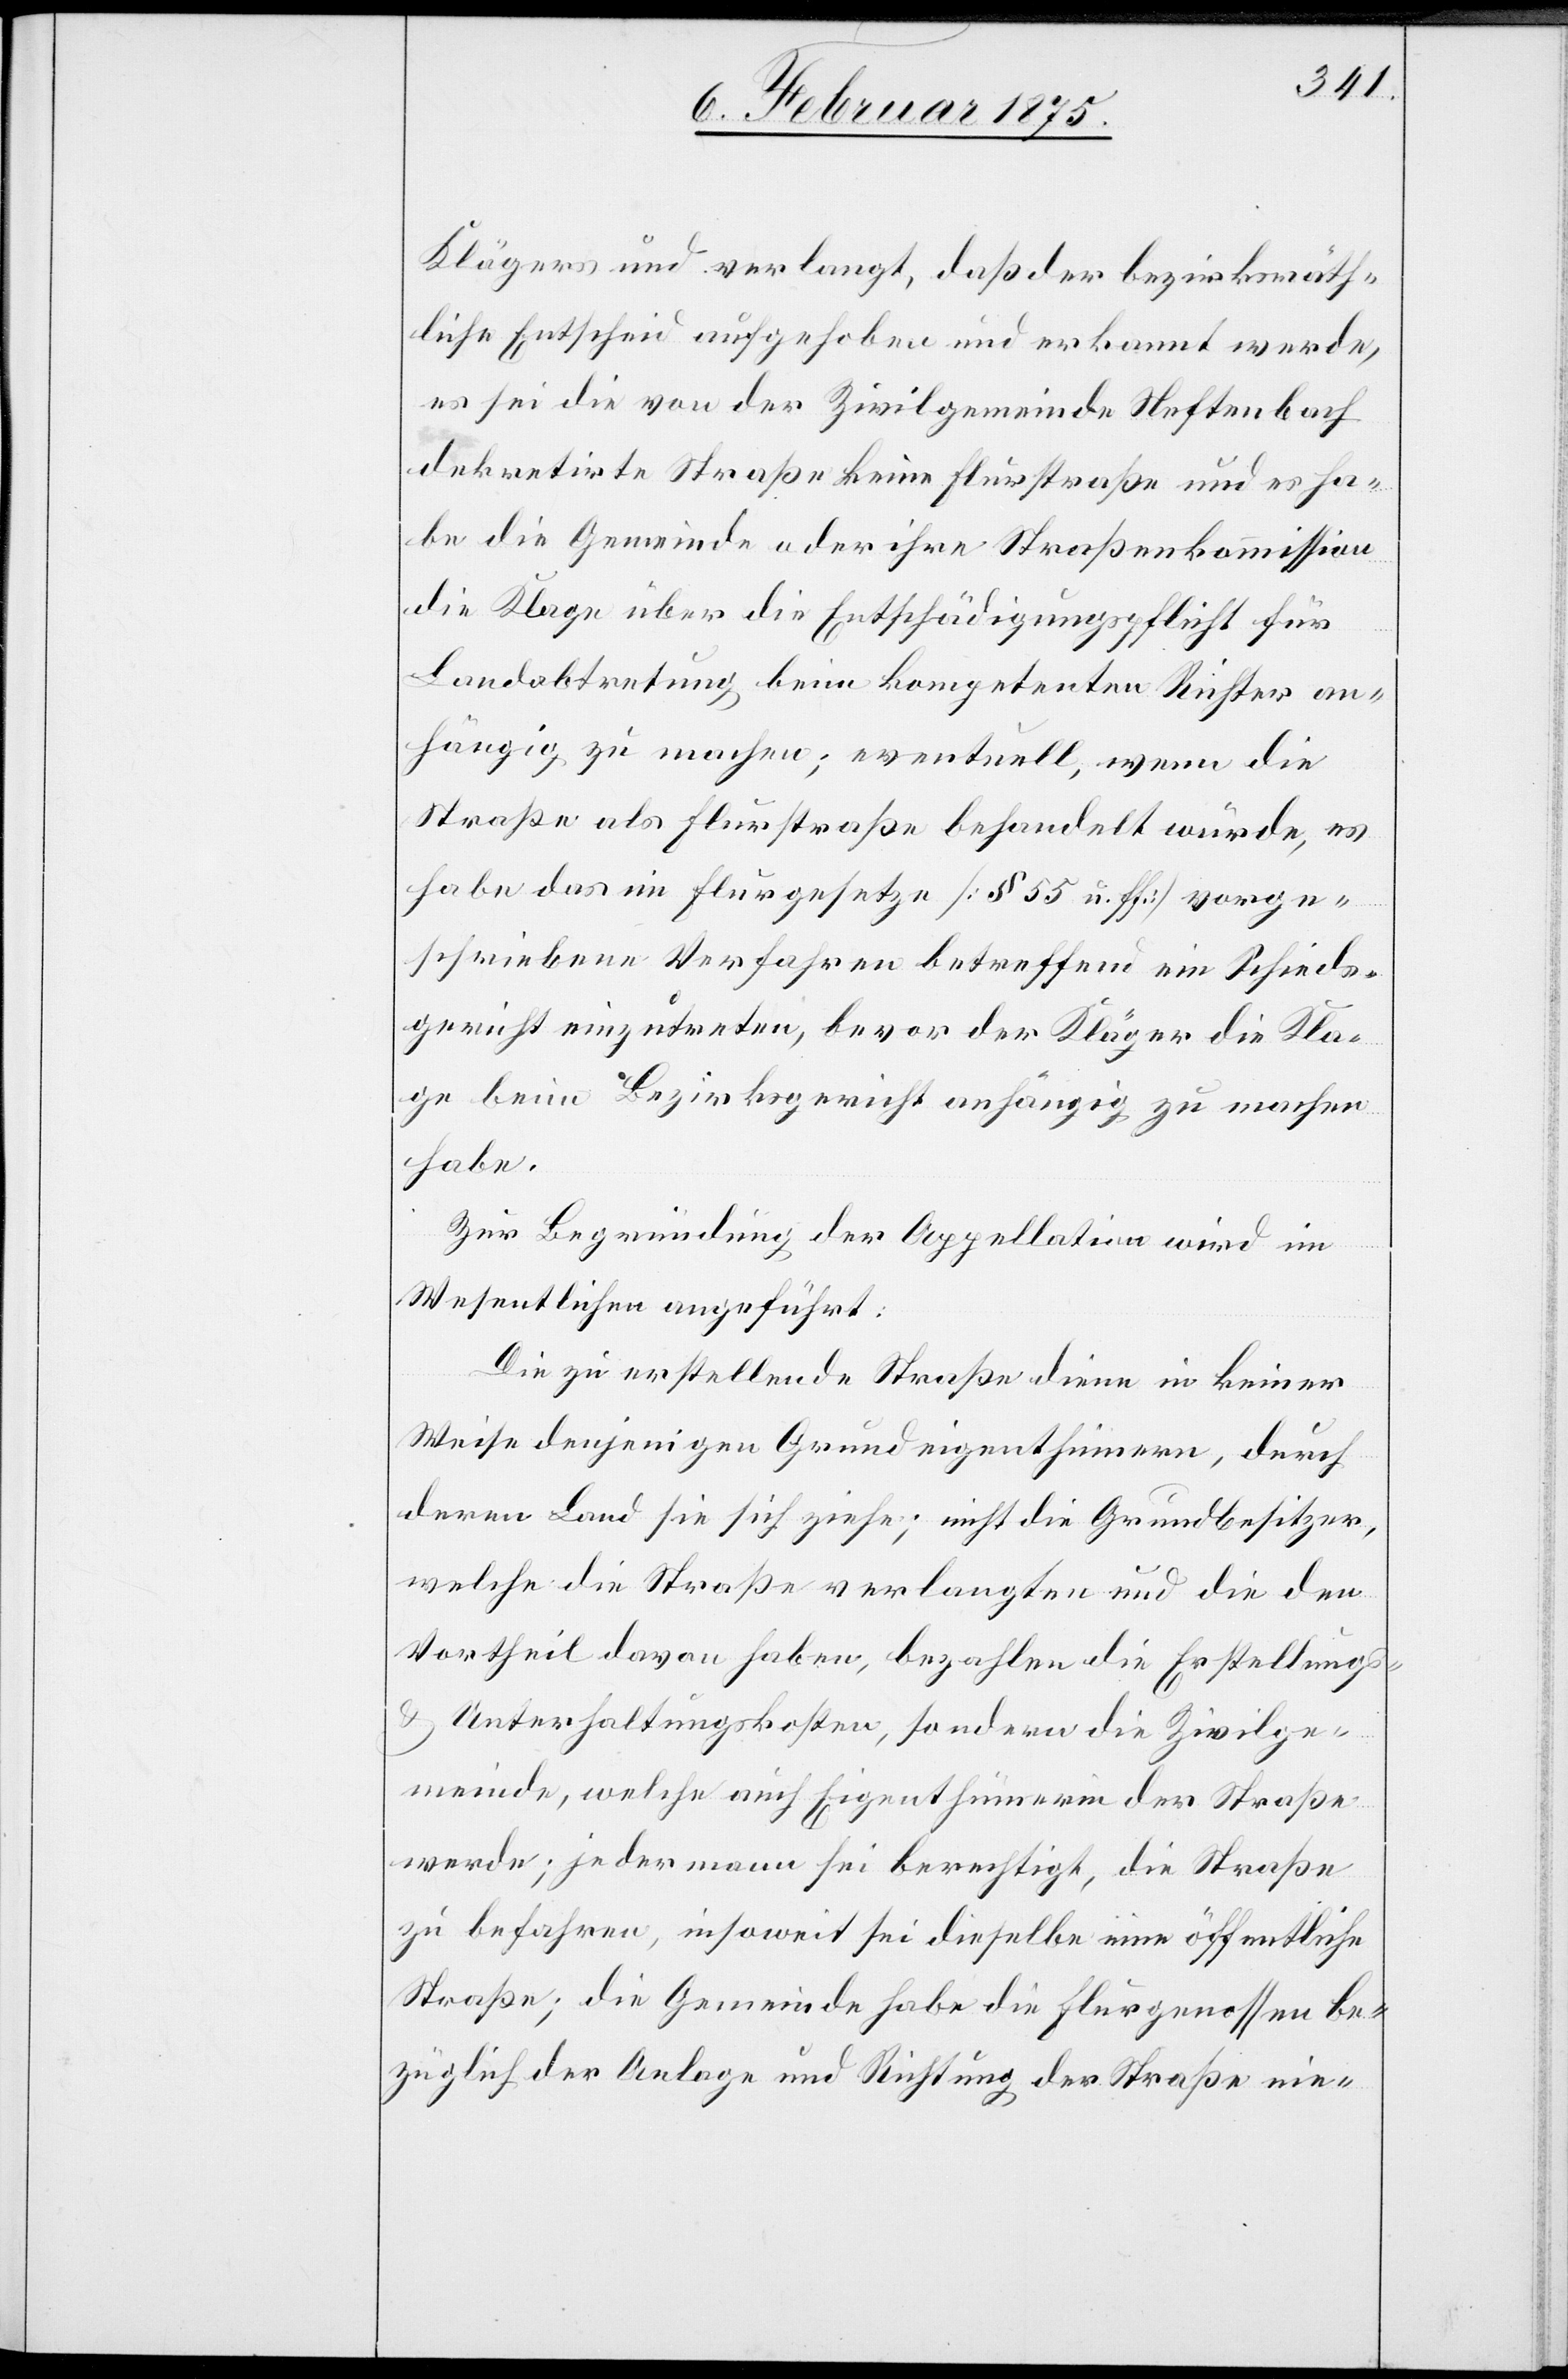
Klägers und verlangt, daß der bezirksräth¬
liche Entscheid aufgehoben und erkannt werde,
es sei die von der Zivilgemeinde Neftenbach
dekretirte Straße keine Flurstraß und es ha¬
be die Gemeinde oder ihre Straßenkommission
die Klage über die Entschädigungspflicht für
Landabtretung beim kompetenten Richter an¬
hängig zu machen; eventuell, wenn die
Straße als Flurstraße behandelt würde, es
habe das im Flurgesetze (§ 55 u. ff.) vorge¬
schriebene Verfahren betreffend ein Schieds¬
gericht einzutreten, bevor der Kläger die Kla¬
ge beim Bezirksgericht anhängig zu machen
habe.
Zur Begründung der Appellation wird im
Wesentlichen angeführt:
Die zu erstellende Straße diene in keiner
Weise denjenigen Grundeigenthümern, durch
deren Land sie sich ziehe, nicht die Grundbesitzer,
welche die Straße verlangten und die den
Vortheil davon haben, bezahlen die Erstellungs-
& Unterhaltungskosten, sondern die Zivilge¬
meinde, welche auch Eigenthümerin der Straße
werde; jedermann sei berechtigt, die Straße
zu befahren, insoweit sei dieselbe eine öffentliche
Straße; die Gemeinde habe die Flurgenossen be¬
züglich der Anlage und Richtung der Straße einst-